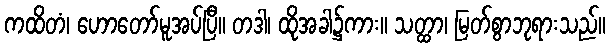
ကထိတံ၊ ဟောတော်မူအပ်ပြီ။ တဒါ၊ ထိုအခါ၌ကား။ သတ္ထာ၊ မြတ်စွာဘုရားသည်။